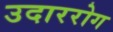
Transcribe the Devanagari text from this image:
उदाररोग